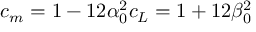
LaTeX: c _ { m } = 1 - 1 2 \alpha _ { 0 } ^ { 2 } c _ { L } = 1 + 1 2 \beta _ { 0 } ^ { 2 }